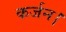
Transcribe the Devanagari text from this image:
कर्जन।